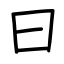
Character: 曰